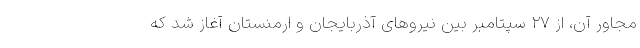
مجاور آن، از ۲۷ سپتامبر بین نیروهای آذربایجان و ارمنستان آغاز شد که